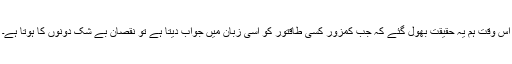
اس وقت ہم یہ حقیقت بھول گئے کہ جب کمزور کسی طاقتور کو اسی زبان میں جواب دیتا ہے تو نقصان بے شک دونوں کا ہوتا ہے۔